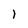
Character: 1